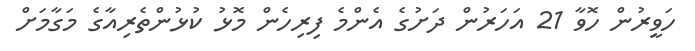
ހަވީރުން ހޮވާ 21 އަހަރުން ދަށުގެ އެންމެ ފިރިހެން މޮޅު ކުޅުންތެރިއާގެ މަގާމަށް